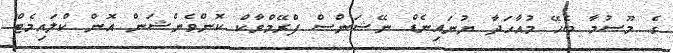
ގެ މޫސުމާ ބެހޭ މުއާހަދާ ޔުނައިނެޑް ނޭޝަންސް ފްރޭމްވާކް ކޮންވެންޝަން އޮން ކްލައިމެޓް